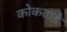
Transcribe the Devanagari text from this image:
कोकताहे